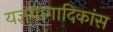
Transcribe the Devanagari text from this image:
यज्ञयागादिकांस